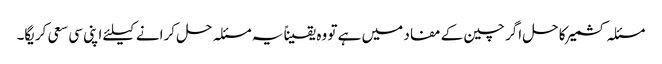
مسئلہ کشمیر کا حل اگر چین کے مفاد میں ہے تو وہ یقیناً یہ مسئلہ حل کرانے کیلئے اپنی سی سعی کریگا۔